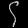
Digit: ၄